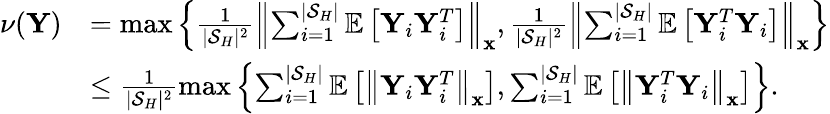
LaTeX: \begin{array}{rl}{\nu(\mathbf{Y})}&{=\operatorname*{max}\left\{ \frac{1}{|\mathcal{S}_{H}|^{2}}\left\| \sum_{i=1}^{|\mathcal{S}_{H}|}\mathbb{E}\left[\mathbf{Y}_{i}\mathbf{Y}_{i}^{T}\right]\right\| _{\mathbf{x}},\frac{1}{|\mathcal{S}_{H}|^{2}}\left\| \sum_{i=1}^{|\mathcal{S}_{H}|}\mathbb{E}\left[\mathbf{Y}_{i}^{T}\mathbf{Y}_{i}\right]\right\| _{\mathbf{x}}\right\} }\\ &{\le\frac{1}{|\mathcal{S}_{H}|^{2}}\operatorname*{max}\left\{ \sum_{i=1}^{|\mathcal{S}_{H}|}\mathbb{E}\left[\left\| \mathbf{Y}_{i}\mathbf{Y}_{i}^{T}\right\| _{\mathbf{x}}\right],\sum_{i=1}^{|\mathcal{S}_{H}|}\mathbb{E}\left[\left\| \mathbf{Y}_{i}^{T}\mathbf{Y}_{i}\right\| _{\mathbf{x}}\right]\right\} .}\end{array}